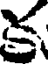
క